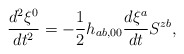
\begin{align*}\frac{d^{2}\xi^{0}}{dt^{2}}=-\frac{1}{2}h_{ab,00}\frac{d\xi^{a}}{dt}S^{zb},\end{align*}